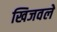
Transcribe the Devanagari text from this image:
खिजवले